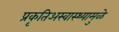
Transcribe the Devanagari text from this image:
प्रकृतिअस्वास्थ्यामुळे